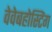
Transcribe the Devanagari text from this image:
वेवेबहोस्टिंग